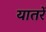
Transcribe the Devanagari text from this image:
यातरें